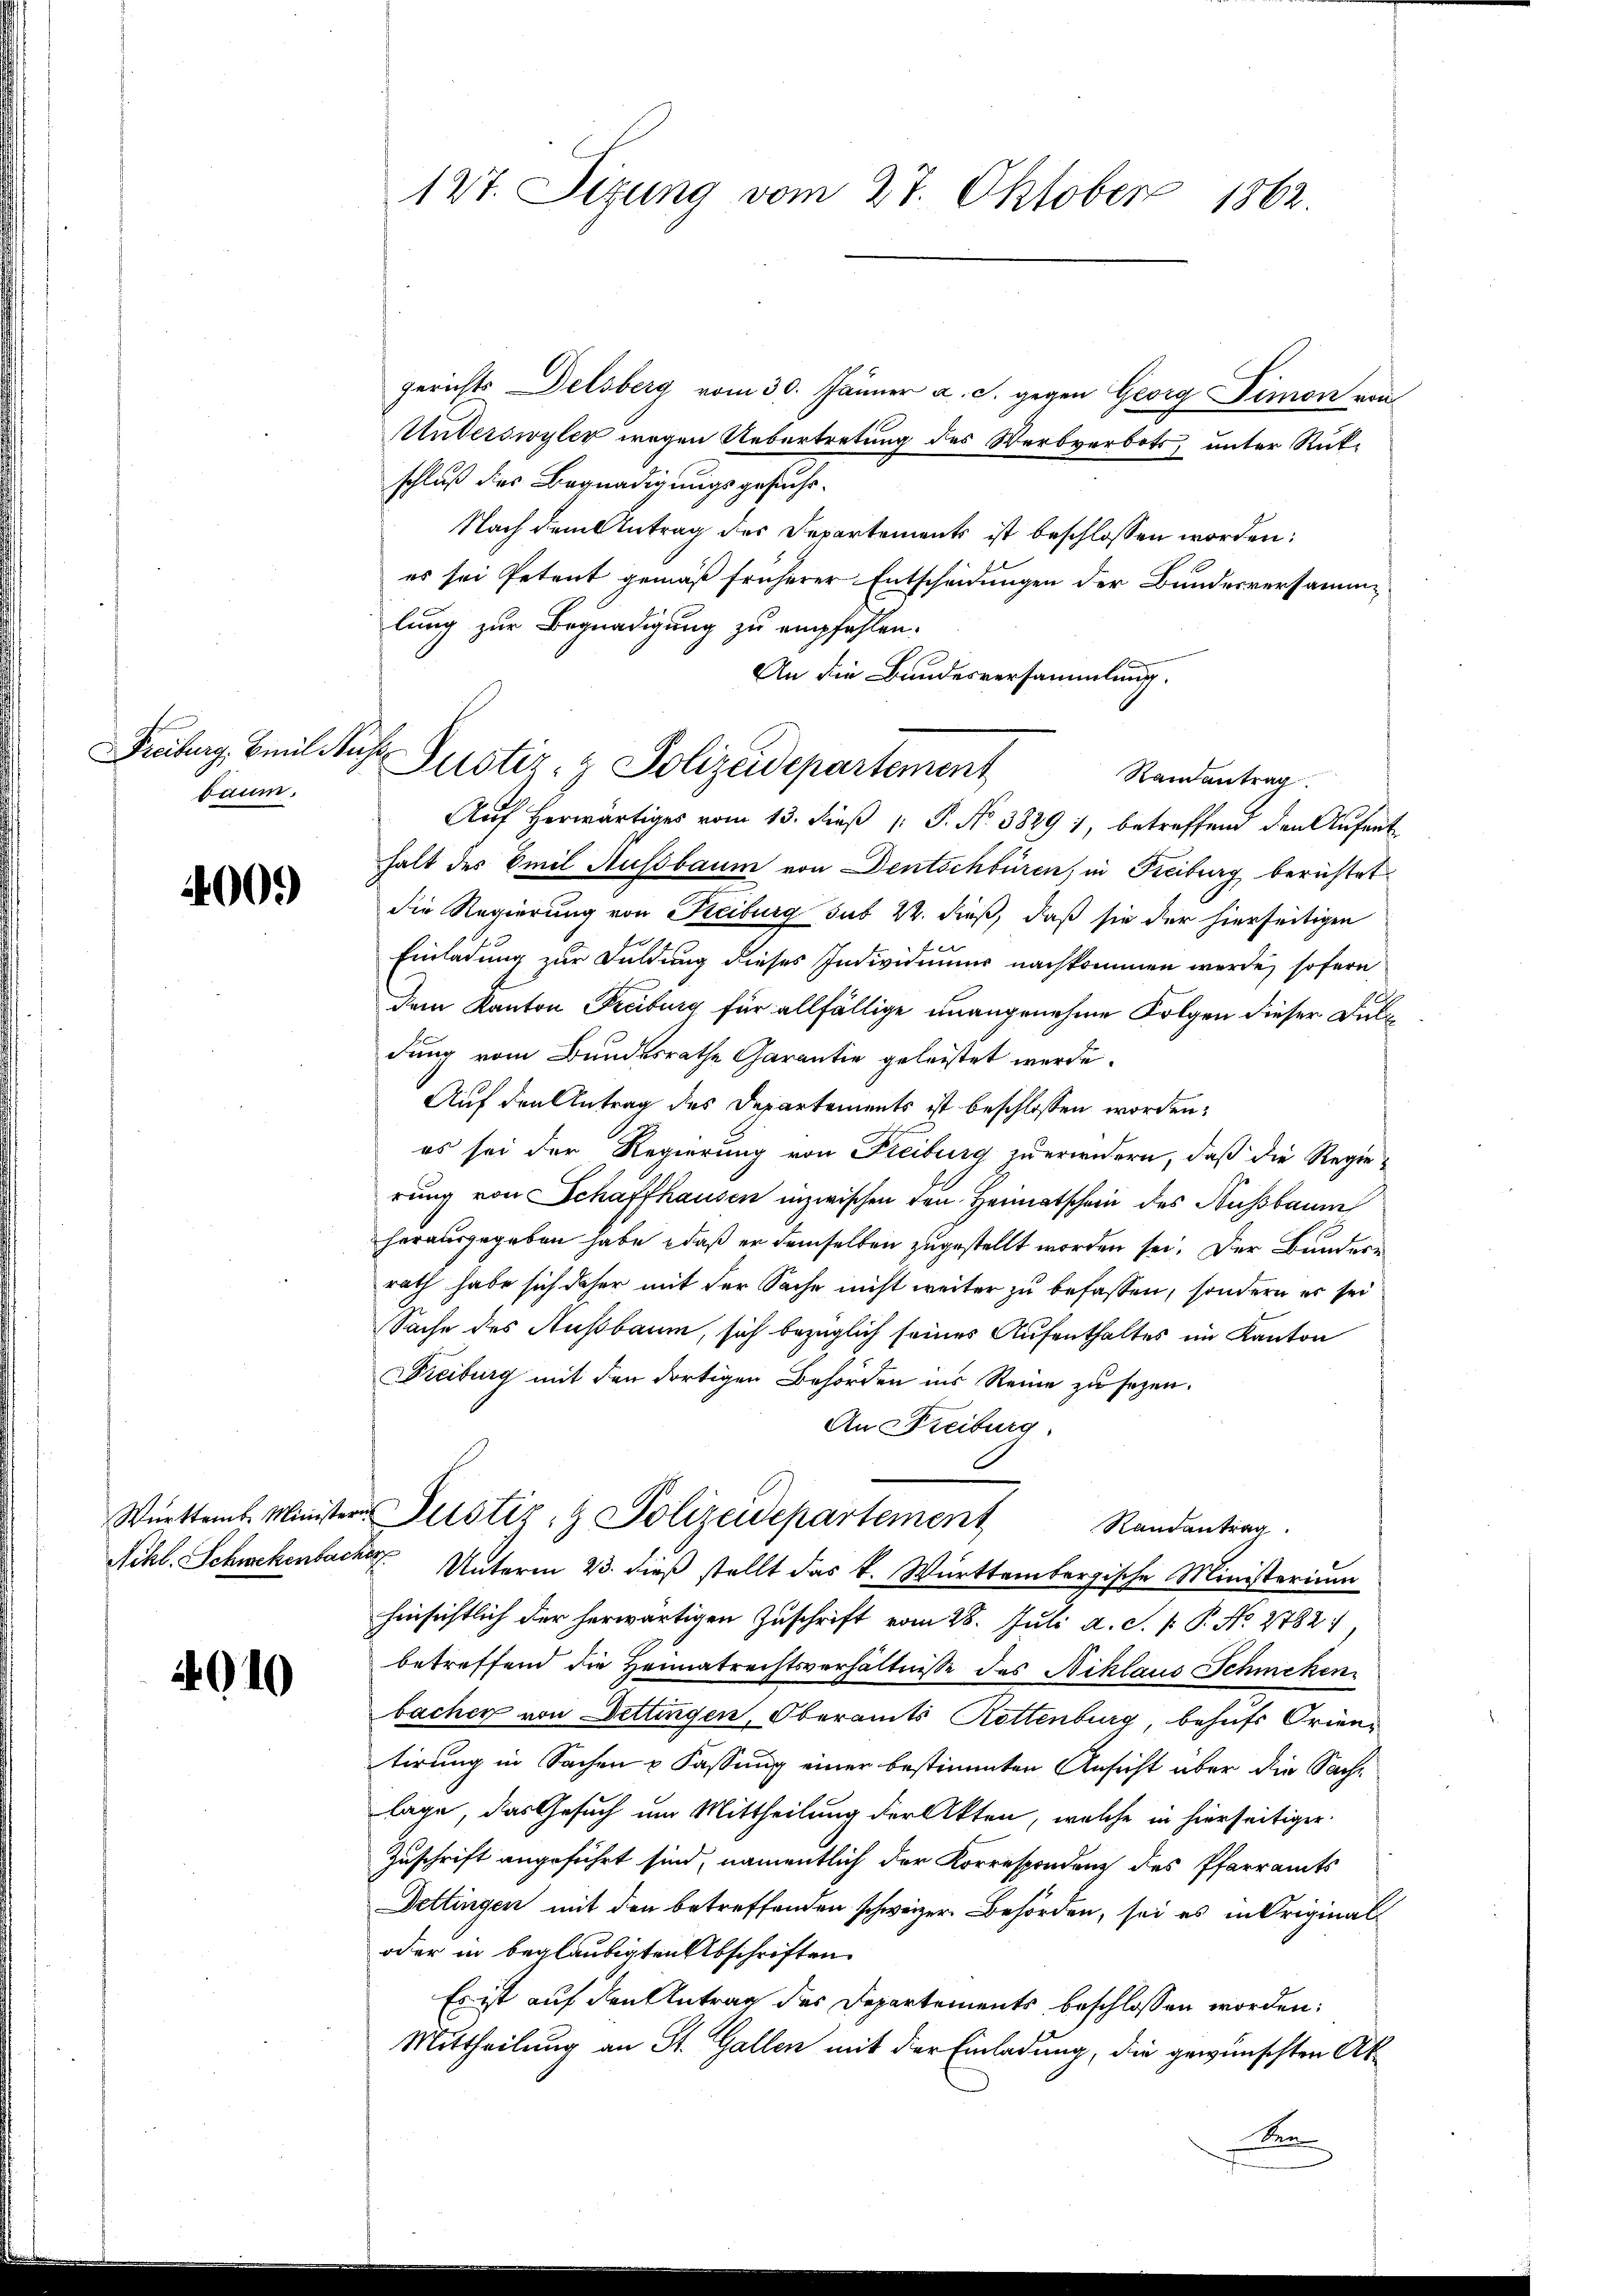
Freiburg, Emil Ruhe
baum.

4000

Württemb. Minister
Nchl. Schwekenbar

4010

127. Sizung vom 27. Oktober 1862.

Justiz- & Polizeidepartement
Ramantrag

gerichts Delsberg vom 30. Jänner a. c. gegen Georg Simon von
Unterswyler wegen Uebertretung des Werbverbots, unter Rückschluß der Begnadigungsgesuche.
Nach dem Antrag des Departements ist beschlossen worden:
es sei Petent gemäß früherer Entscheidungen der Bundesversammlung zur Begnadigung zu empfehlen.
An die Bundesversammlung.
Aŭf herwärtiges vom 13. dieβ (: P. Nr. 38291, betreffend den Aŭfent-
halt des Emil Ausbaum von Dentschbüren, in Freiburg berichtet
die Regierung von Reiburg sub 22. dieß, daß sie der hierseitigen
Einladung zur Duldung dieses Individuums nachkommen werde, sofern
dem Kanton Freiburg für allfällige unangenehme Folgen dieser Duldung vom Bundesrathe Garantie geleistet werde.
Auf den Antrag des Departements ist beschlossen worden:
es sei der Regierung von Freiburg zu erwidern, daß die Regierung von Schaffhausen inzwischen den Heimatschein des Nußbaum
herausgegeben habe, daß er demselben zugestellt worden sei. Der Bundere
rath habe sich daher mit der Sache nicht weiter zu befassen, sondern er sei
Sache des Außbaum, sich bezüglich seines Aufenthaltes im Kanton
Freiburg mit den dortigen Behörden ins Reine zu sezen.
An Freiburg
Justiz- & Polizeidepartement Randantrag.
7. Unterm 23. dieß stellt das k. Württembergische Ministerium
hinsichtlich der herwärtigen Zuschrift vom 28. Juli a. S. P. P. No. 2782:
betreffend die Heimatrechtsverhältnisse des Niklaus Schmeken
bachen von Dettingen, Oberamts Rottenburg, behufs Orientirung in Sachen u Fassung einer bestimmten Ansicht über die Sachlage, das Gesuch um Mittheilung der Akten, welche in hierseitiger
Zuschrift angeführt sind, namentlich der Korrespondenz des Pfarramts
Dettingen mit den betreffenden schweizer Behörden, sei es in Original¬
oder in beglaubigten Abschriften
Es ist auf den Antrag des Departements beschlossen worden:
Mittheilung an St. Gallen mit der Einladung, die gewünschten At¬
Den